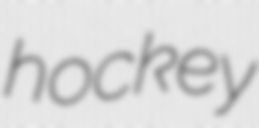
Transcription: hockey